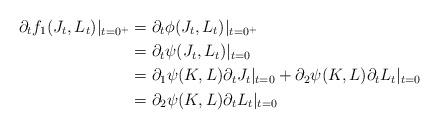
LaTeX: \begin{align*}\partial_tf_1(J_t,L_t)|_{t=0^+}&=\partial_t\phi(J_t,L_t)|_{t=0^+}\\&=\partial_t\psi(J_t,L_t)|_{t=0}\\&=\partial_1\psi(K,L)\partial_t J_t|_{t=0}+\partial_2\psi(K,L)\partial_t L_t|_{t=0}\\&=\partial_2\psi(K,L)\partial_t L_t|_{t=0}\end{align*}